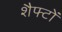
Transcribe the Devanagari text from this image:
शैफ्टों